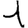
Digit: 1